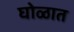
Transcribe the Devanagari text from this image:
घोळात